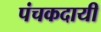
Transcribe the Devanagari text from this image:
पंचकदायी